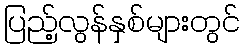
ပြည့်လွန်နှစ်များတွင်